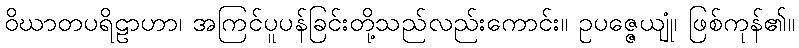
ဝိဃာတပရိဠာဟာ၊ အကြင်ပူပန်ခြင်းတို့သည်လည်းကောင်း။ ဥပဇ္ဇေယျုံ၊ ဖြစ်ကုန်၏။